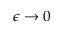
\epsilon \rightarrow 0